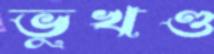
ভুখণ্ড